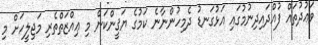
ވަޢުދުތައް ފުއްދައިދިނުމުގައި އަޅުގަނޑު ދެމިހުންނާނެ ކަމުގެ ޔަޤީންކަން މި ޢިއްޒަތްތެރި މަޖިލީހަށް މި